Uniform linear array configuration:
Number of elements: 12
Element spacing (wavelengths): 0.25
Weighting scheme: cosine
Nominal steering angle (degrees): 60
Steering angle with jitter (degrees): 59.662
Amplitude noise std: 0.05
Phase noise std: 0.05

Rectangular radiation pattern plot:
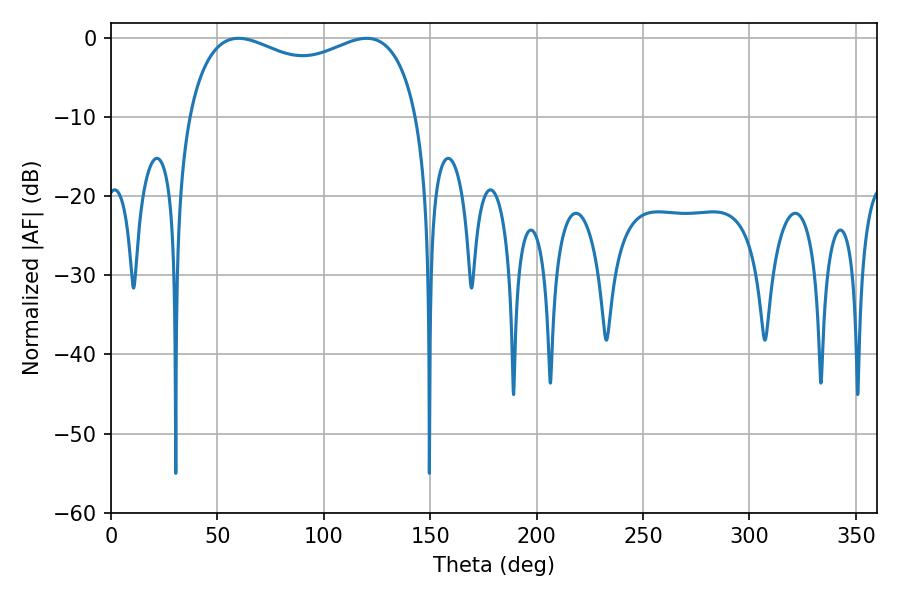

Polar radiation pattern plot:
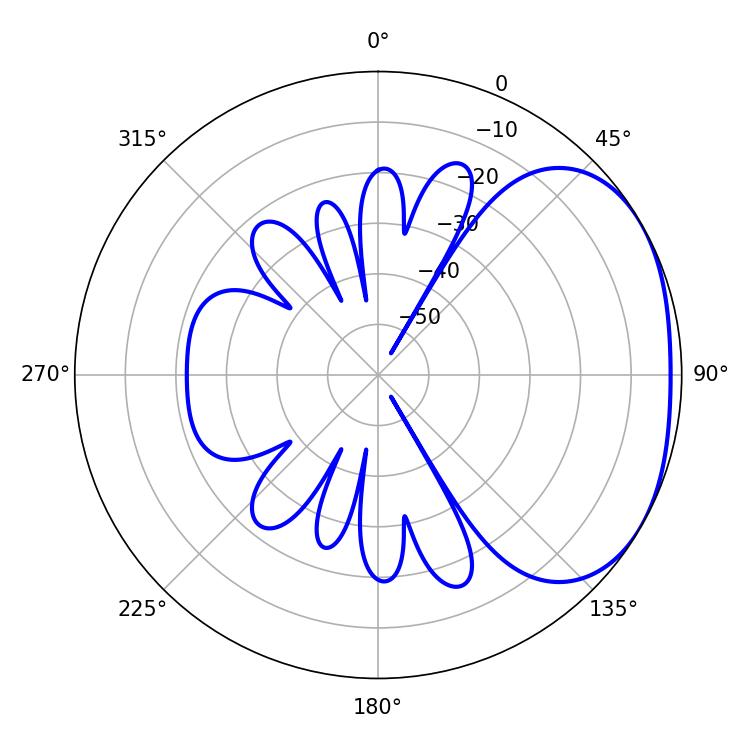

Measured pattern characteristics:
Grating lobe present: FALSE
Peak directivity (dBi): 2.327
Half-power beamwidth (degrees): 89.64
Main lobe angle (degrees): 59.94